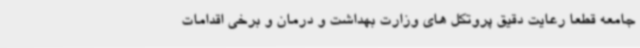
جامعه قطعا رعایت دقیق پروتکل های وزارت بهداشت و درمان و برخی اقدامات